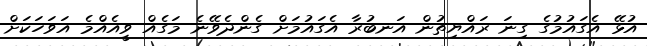
އުޅޭ އެގައުމުގެ ގިނަ ރައްޔިތުން އަނބުރާ އެގައުމަށް ގެންދެވޭނެ މަގެއް ވީއެއްމެ އަވަހަކަށް